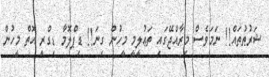
ޝަރުޠުތައް!! ނަމަވެސް މިރާއްޖޭގައި ތަޢުލީމީ މީހުން ގިނަ!! ޑިޕްލޮމާ ޑިގްރީ އޮތް މީހުން